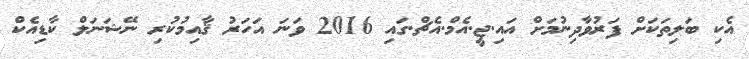
އެކި ބަލިތަކަށް ފަރުވާދިނުމަށް އައި.ޖީ.އެމް.އެޗް.ގައި 2016 ވަނަ އަހަރު ޤާއިމުކުރި ނޭޝަނަލް ކާޑިއެކް